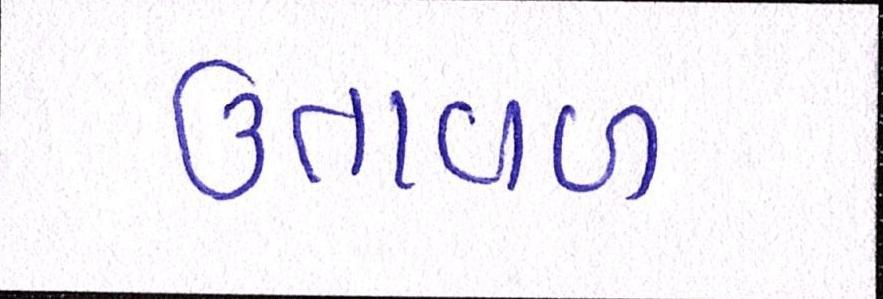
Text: ઉતાવળ